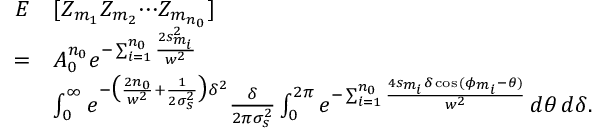
\begin{array} { r l } { E } & { [ Z _ { m _ { 1 } } Z _ { m _ { 2 } } { \cdots } Z _ { m _ { n _ { 0 } } } ] } \\ { = } & { A _ { 0 } ^ { n _ { 0 } } e ^ { - \sum _ { i = 1 } ^ { n _ { 0 } } \frac { { 2 s } _ { m _ { i } } ^ { 2 } } { w ^ { 2 } } } } \\ & { \int _ { 0 } ^ { \infty } e ^ { - \big ( \frac { 2 n _ { 0 } } { w ^ { 2 } } + \frac { 1 } { 2 \sigma _ { s } ^ { 2 } } \big ) \delta ^ { 2 } } \frac { \delta } { 2 \pi \sigma _ { s } ^ { 2 } } \int _ { 0 } ^ { 2 \pi } e ^ { - \sum _ { i = 1 } ^ { n _ { 0 } } \frac { 4 s _ { m _ { i } } \delta \cos { ( \phi _ { m _ { i } } - \theta ) } } { w ^ { 2 } } } \, d \theta \, d \delta . } \end{array}